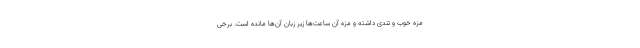
مزه خوب و تندی داشته و مزه آن ساعت‌ها زیر زبان آن‌ها مانده است. برخی